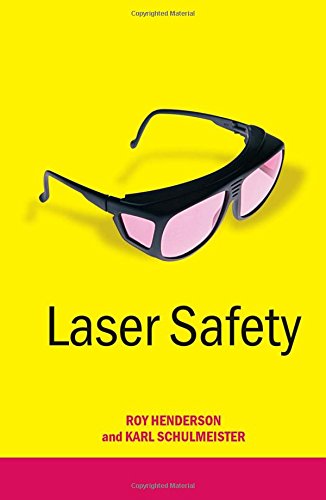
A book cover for Laser Safety; Roy Henderson; Science & Math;